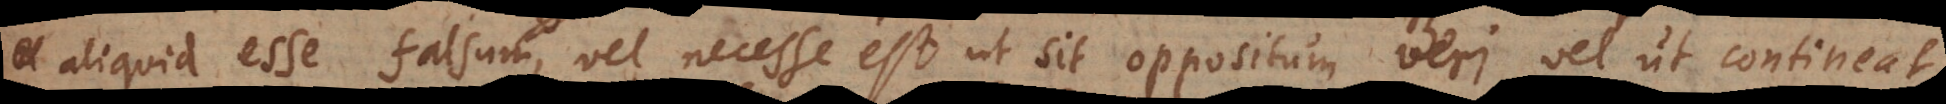
aliquid esse falsum, vel necesse est ut sit oppositum veri, vel ut contineat